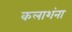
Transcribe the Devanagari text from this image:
कलाशंना